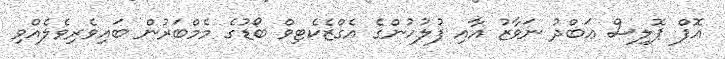
އޮފް ޕޮލިސް ޢަބްދު ނަވާޒު އާއި ފުލުހުންގެ އެގްޒެކެޓިވް ބޯޑުގެ މެމްބަރުން ބައިވެރިވެލެއްވި